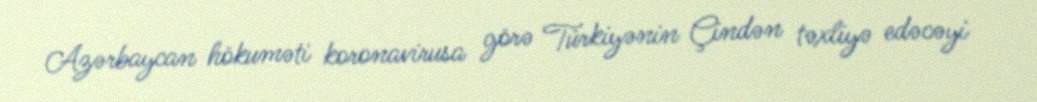
Azərbaycan hökuməti koronavirusa görə Türkiyənin Çindən təxliyə edəcəyi